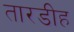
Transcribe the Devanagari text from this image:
तारडीह